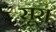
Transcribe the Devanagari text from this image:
सूर।